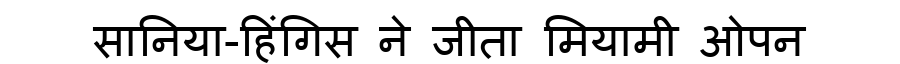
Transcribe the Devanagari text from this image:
सानिया-हिंगिस ने जीता मियामी ओपन